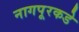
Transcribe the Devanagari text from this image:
नागपूरकडे